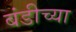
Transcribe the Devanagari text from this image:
बंडीच्या